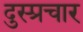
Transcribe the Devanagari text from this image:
दुस्प्रचार